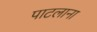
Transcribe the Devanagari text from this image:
पाटलाना